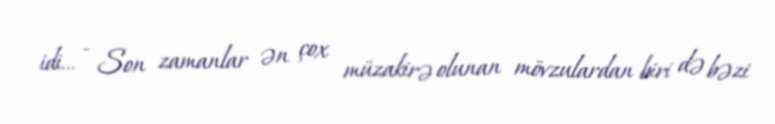
idi... - Son zamanlar ən çox müzakirə olunan mövzulardan biri də bəzi